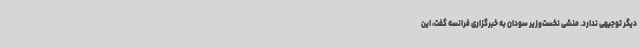
دیگر توجیهی ندارد. منشی نخست‌وزیر سودان به خبرگزاری فرانسه گفت، این